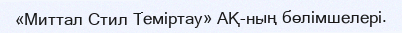
«Миттал Стил Теміртау» АҚ-ның бөлімшелері.